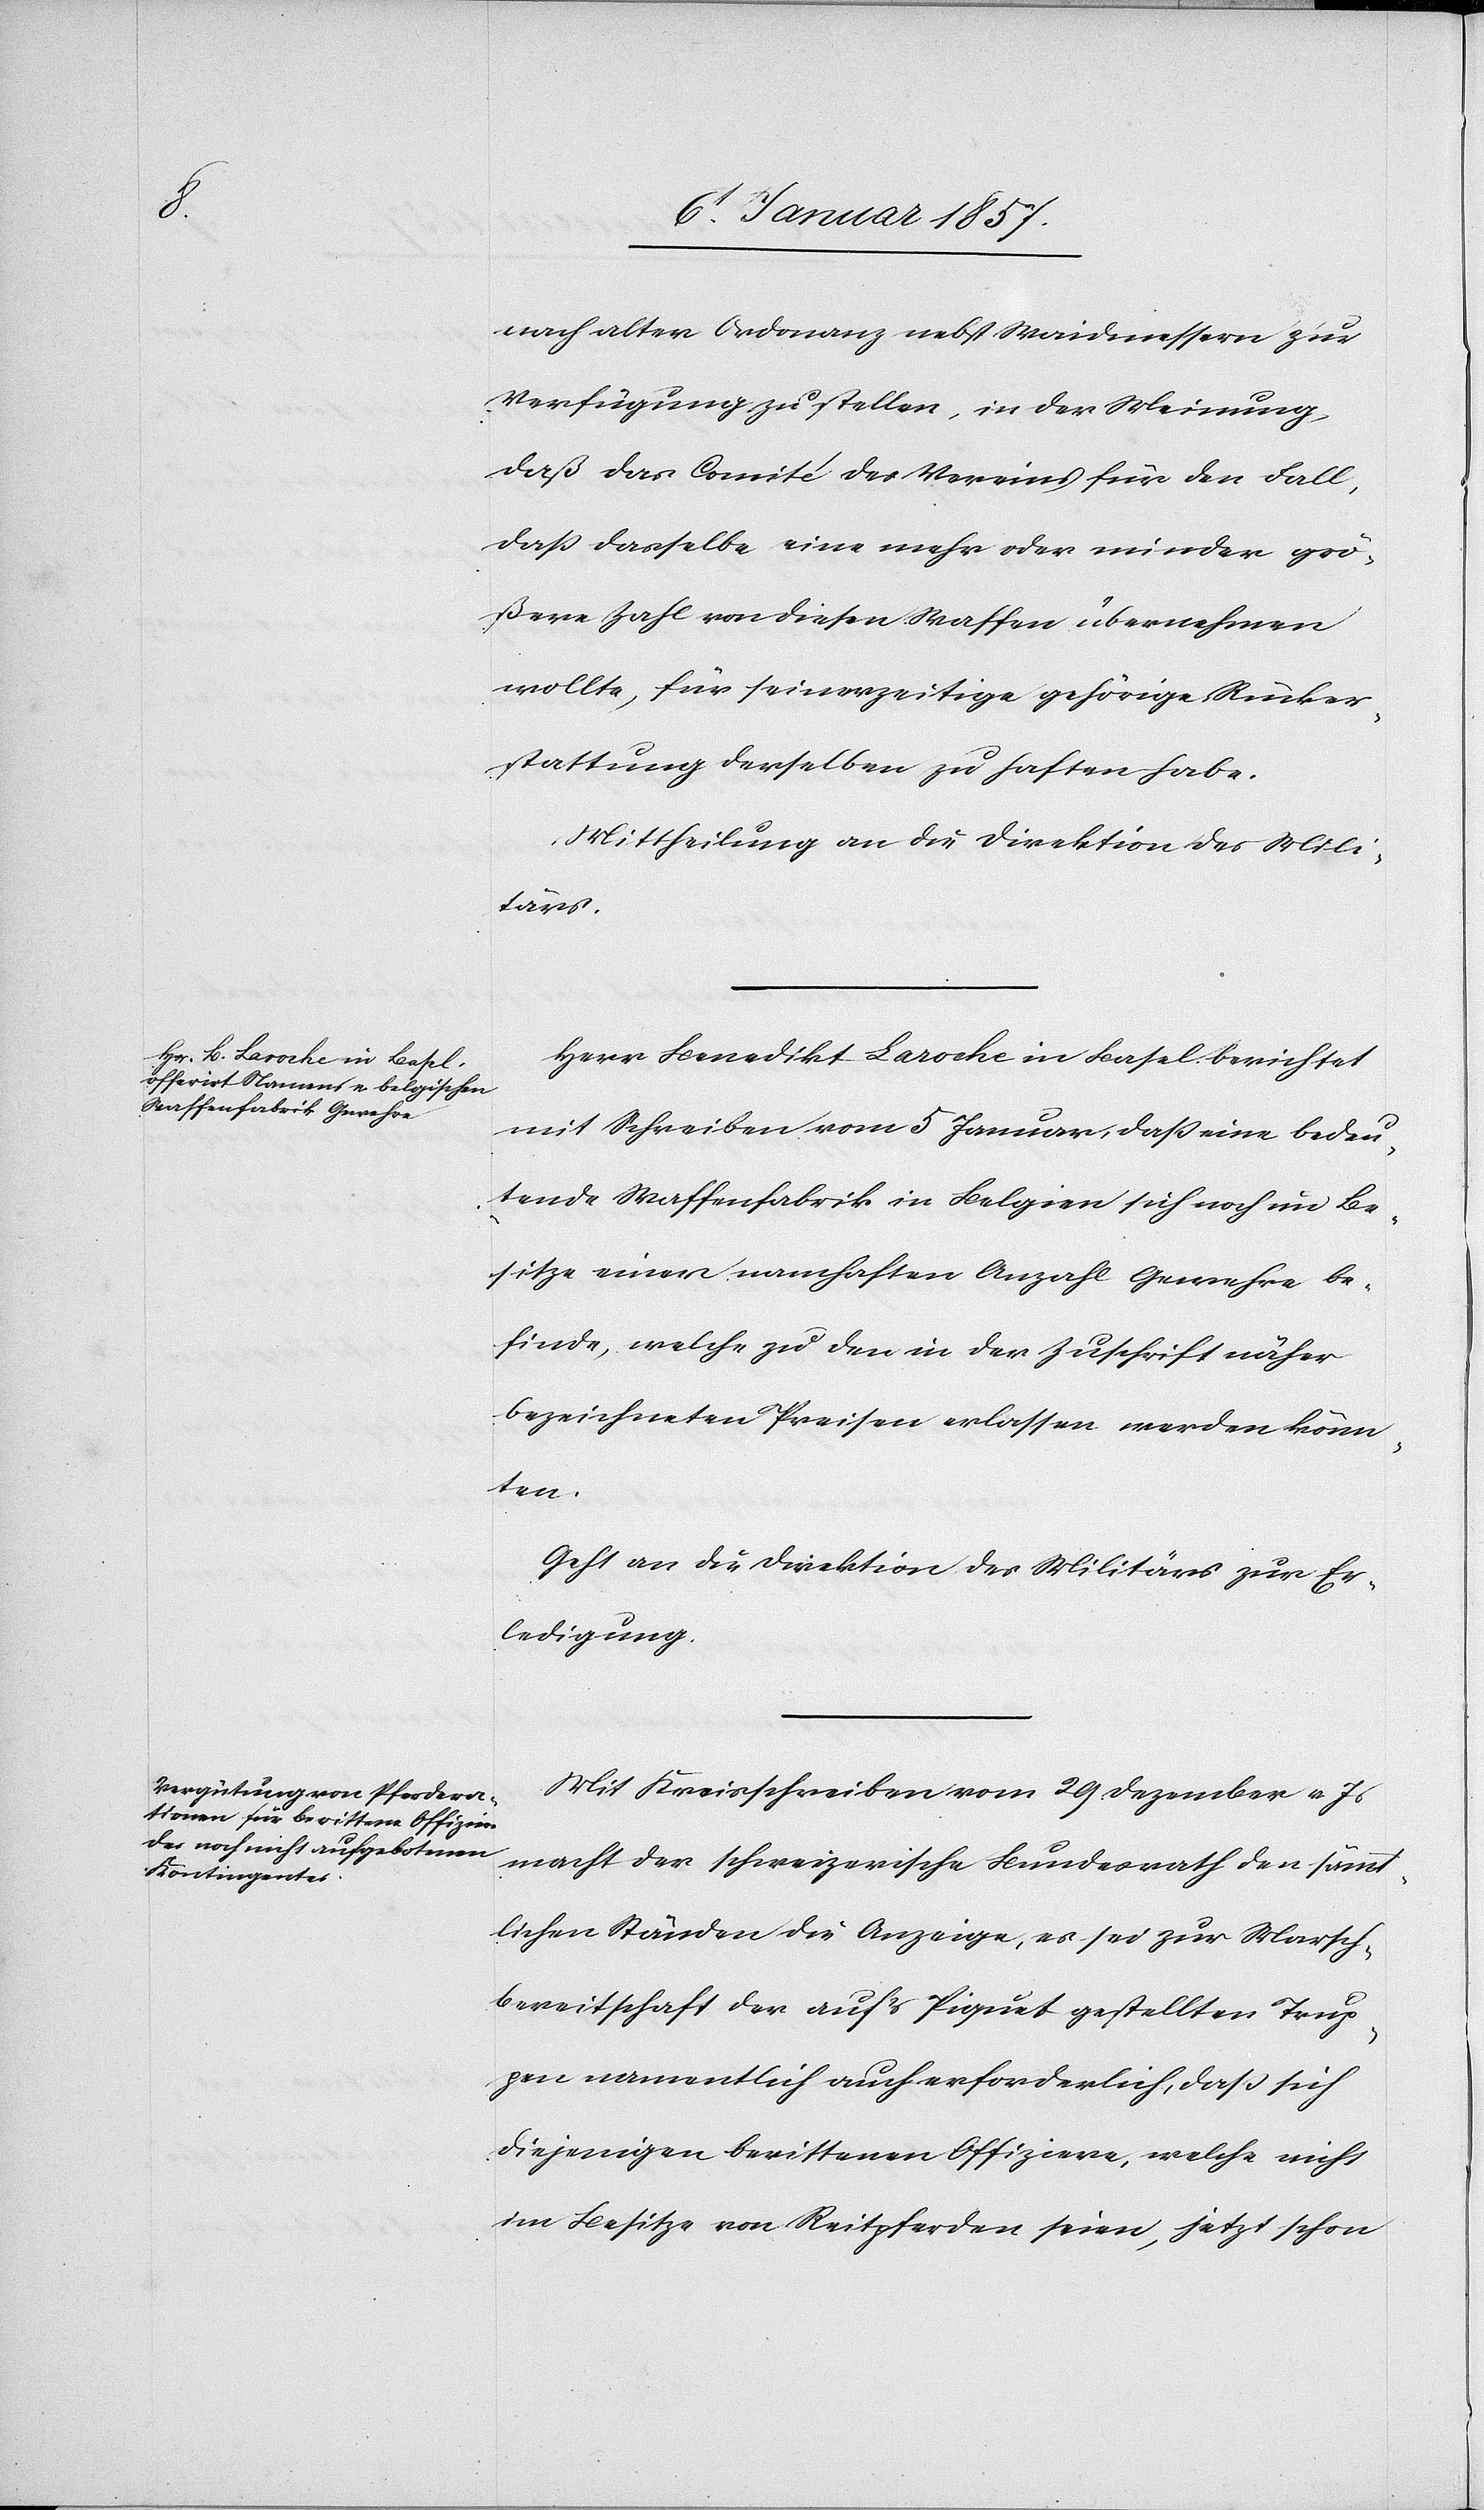
nach alter Ordonanz nebst Waidmessern zur
Verfügung zu stellen, in der Meinung,
daß das Comité des Vereins für den Fall,
daß dasselbe eine mehr oder minder grö¬
ßere Zahl von diesen Waffen übernehmen
wollte, für seinerzeitige gehörige Rücker¬
stattung derselben zu haften habe.
Mittheilung an die Direktion des Mili¬
tärs.
Herr Benedikt Laroche in Basel berichtet
mit Schreiben vom 5 Januar, daß eine bedeu¬
tende Waffenfabrik in Belgien sich noch im Be¬
sitze einer namhaften Anzahl Gewehre be¬
finde, welche zu den in der Zuschrift näher
bezeichneten Preisen erlassen werden könn¬
ten.
Geht an die Direktion des Militärs zur Er¬
ledigung.
Mit Kreisschreiben vom 29. Dezember v. Js
macht der schweizerische Bundesrath den sämmt¬
lichen Ständen die Anzeige, es sei zur Marsch¬
bereitschaft der auf's Piquet gestellten Trup¬
pen namentlich auch erforderlich, daß sich
diejenigen berittenen Offiziere, welche nicht
im Besitze von Reitpferden seien, jetzt schon